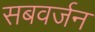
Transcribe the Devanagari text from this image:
सबवर्जन